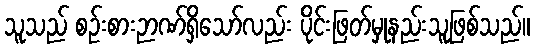
သူသည် စဉ်းစားဉာဏ်ရှိသော်လည်း ပိုင်းဖြတ်မှုနည်းသူဖြစ်သည်။